system: You are a helpful assistant.
user:
Analyze the provided spectrum to determine if it is a **"Cataclysmic Variables (CV)"**.

- **Key Indicators for CV (Check for either state):**
    - **State 1: Quiescent / Low-State (Emission-Dominated)**
        - **(Primary):** Strong and *very broad* Hydrogen Balmer emission lines (e.g., $H\alpha$ at 6563 Å, $H\beta$ at 4861 Å). The 'broadness' (high velocity dispersion, often FWHM > 1000 km/s) is the key diagnostic, indicating a high-velocity accretion disk.
        - **(Secondary):** Broad neutral Helium (He I) emission lines (e.g., 5876 Å, 6678 Å).
        - **(Key Confirmation):** Presence of high-excitation *ionized* Helium (He II) emission at 4686 Å. This is a strong indicator of accretion onto a white dwarf.
        - **(Line Profile):** Emission lines may exhibit a 'double-peaked' profile, which is a classic signature of a rotating accretion disk viewed at high inclination.

    - **State 2: Outburst / High-State (Absorption-Dominated)**
        - **(Primary):** Spectrum is dominated by a bright, blue continuum (looks like a hot star).
        - **(Secondary):** The emission lines from State 1 are weak, absent, or 'filled in', and are replaced by broad, shallow *absorption* lines (primarily Balmer and He I).
        - **(Morphology):** The overall spectrum mimics a hot B/A-type star. The crucial difference is that the absorption lines are significantly broader, shallower, and more 'washed-out' (or 'smeared') than the sharp lines of a normal stellar photosphere, due to high rotational speeds and pressure broadening in the disk.

Think first, call **spectral_visualization_tool** if needed to examine features in detail, then provide your final answer. Your response must adhere to the following strict rules:
1.  **Overall Structure:** Your response must follow the format `<think>...</think> <tool_call>...</tool_call> (if a tool is used) <answer>...</answer>`.
2.  **Tool Usage Constraint:** You may only make **one** tool call per turn.
3.  **Final Answer Format:** In the `<answer>` tag, your conclusion must be inside a `\boxed{}` command (e.g., `\boxed{YES}`), followed by your justification.

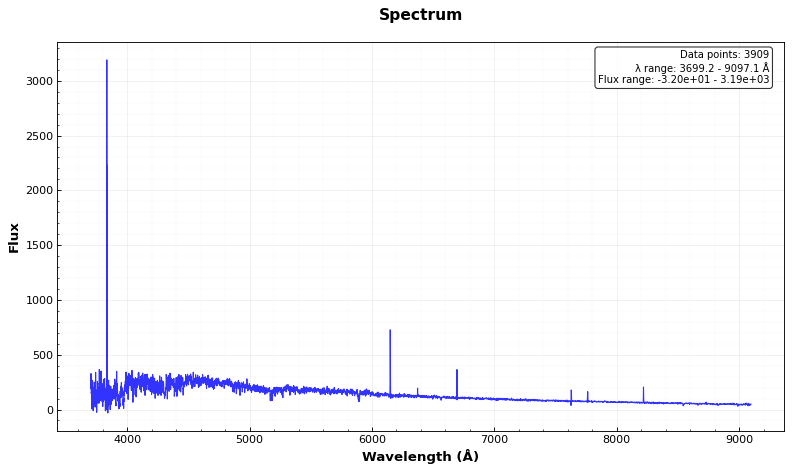
Answer: NO